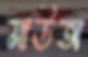
মাউতা